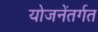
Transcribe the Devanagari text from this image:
योजनेंतर्गत